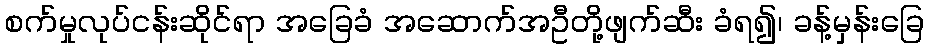
စက်မှုလုပ်ငန်းဆိုင်ရာ အခြေခံ အဆောက်အဦတို့ဖျက်ဆီး ခံရ၍၊ ခန့်မှန်းခြေ